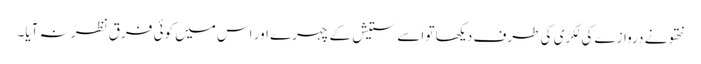
نتھو نے دروازے کی لکڑی کی طرف دیکھا تو اسے ستیش کے چہرے اور اس میں کوئی فرق نظر نہ آیا۔